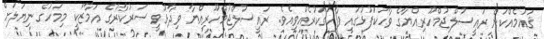
ޤައުމެއްކަން ރައީސުލްޖުމްހޫރިއްޔާގެ ވާހަކަފުޅުގައި ފާހަގަކުރެއްވިއެވެ. ރައީސުލްޖުމްހޫރިއްޔާ ވިދާޅުވީ ސަރުކާރުގެ އަމާޒަކީ މިމަހުގެ ނިޔަލަށް